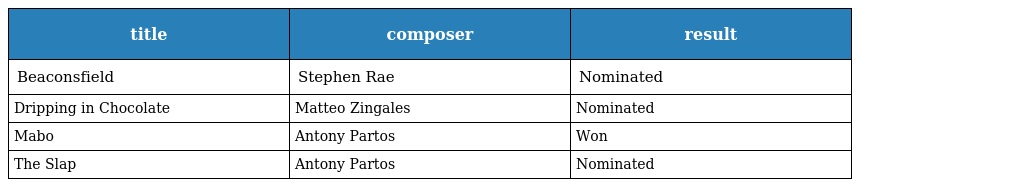
| title | composer | result |
 | --- | --- | --- |
 | Beaconsfield | Stephen Rae | Nominated |
 | Dripping in Chocolate | Matteo Zingales | Nominated |
 | Mabo | Antony Partos | Won |
 | The Slap | Antony Partos | Nominated |